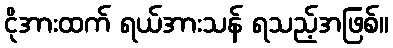
ငိုအားထက် ရယ်အားသန် ရသည့်အဖြစ်။